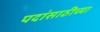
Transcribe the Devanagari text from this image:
पदांसाठीच्या